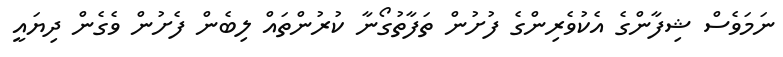
ނަމަވެސް ޝިފާންގެ އެކުވެރިންގެ ފުށުން ތަފާތުގޯނާ ކުރުންތައް ލިބެން ފެށުން ވެގެން ދިޔައީ